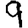
Digit: 9